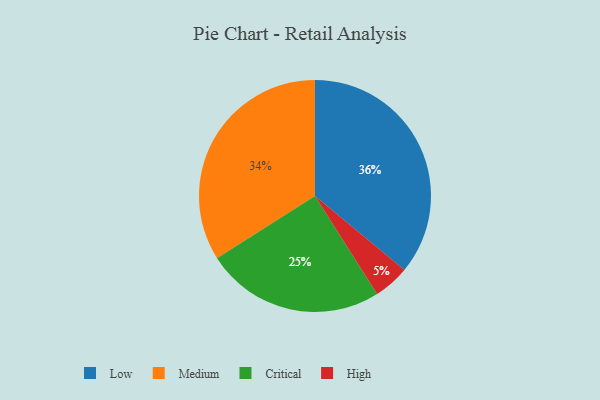
{"axis": {"x": "Category", "y": "Percentage"}, "legend": ["Critical", "High", "Low", "Medium"], "data": [{"x": "Medium", "y": 34, "type": "Medium"}, {"x": "Low", "y": 36, "type": "Low"}, {"x": "High", "y": 5, "type": "High"}, {"x": "Critical", "y": 25, "type": "Critical"}]}